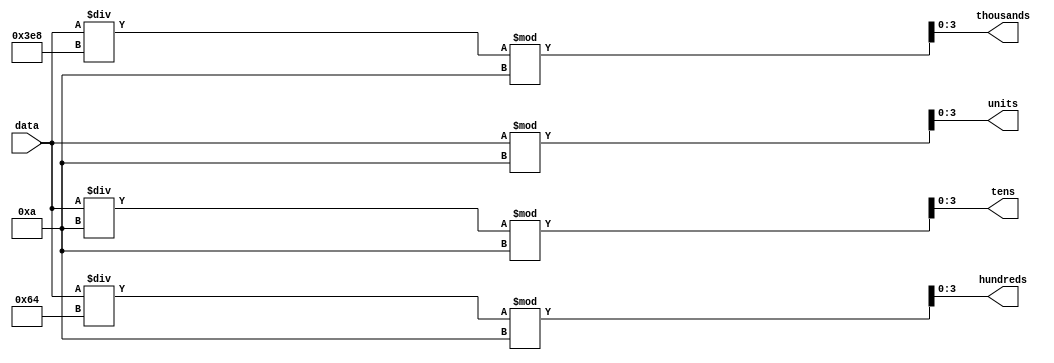
`timescale 1ns / 1ps
//////////////////////////////////////////////////////////////////////////////////
// Company: 
// Engineer: 
// 
// Design Name: 
// Module Name: data_display
// Project Name: 
// Target Devices: 
// Tool Versions: 
// Description: 
// 
// Dependencies: 
// 
// Revision:
// Revision 0.01 - File Created
// Additional Comments:
// 
//////////////////////////////////////////////////////////////////////////////////


module data_display(
    input [31:0] data,
    output [3:0] units,
    output [3:0] tens,
    output [3:0] hundreds,
    output [3:0] thousands
    );
assign units=data%10;
assign tens=(data/10)%10;
assign hundreds=(data/100)%10;
assign thousands=(data/1000)%10;
endmodule